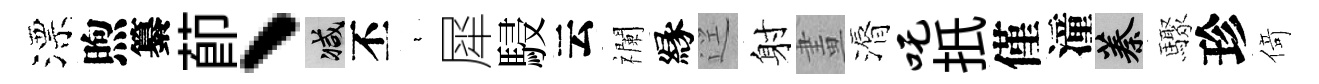
漂煦纂莭、减丕裊犀駸云襴縁逕射畫漘吒扺僅潼蓁驟珍𠋣